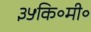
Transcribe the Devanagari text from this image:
३५कि॰मी॰